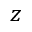
z